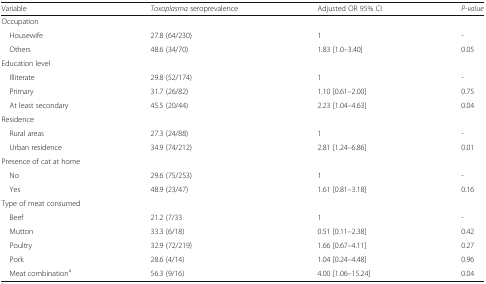
<table><thead><tr><td><b>Variable</b></td><td><b><i>Toxoplasma</i> seroprevalence</b></td><td><b>Adjusted OR 95% CI</b></td><td><b><i>P-value</i></b></td></tr></thead><tbody><tr><td colspan="4">Occupation</td></tr><tr><td> Housewife</td><td>27.8 (64/230)</td><td>1</td><td>-</td></tr><tr><td> Others</td><td>48.6 (34/70)</td><td>1.83 [1.0–3.40]</td><td>0.05</td></tr><tr><td colspan="4">Education level</td></tr><tr><td> Illiterate</td><td>29.8 (52/174)</td><td>1</td><td>-</td></tr><tr><td> Primary</td><td>31.7 (26/82)</td><td>1.10 [0.61–2.00]</td><td>0.75</td></tr><tr><td> At least secondary</td><td>45.5 (20/44)</td><td>2.23 [1.04–4.63]</td><td>0.04</td></tr><tr><td colspan="4">Residence</td></tr><tr><td> Rural areas</td><td>27.3 (24/88)</td><td>1</td><td>-</td></tr><tr><td> Urban residence</td><td>34.9 (74/212)</td><td>2.81 [1.24–6.86]</td><td>0.01</td></tr><tr><td colspan="4">Presence of cat at home</td></tr><tr><td> No</td><td>29.6 (75/253)</td><td>1</td><td>-</td></tr><tr><td> Yes</td><td>48.9 (23/47)</td><td>1.61 [0.81–3.18]</td><td>0.16</td></tr><tr><td colspan="4">Type of meat consumed</td></tr><tr><td> Beef</td><td>21.2 (7/33</td><td>1</td><td>-</td></tr><tr><td> Mutton</td><td>33.3 (6/18)</td><td>0.51 [0.11–2.38]</td><td>0.42</td></tr><tr><td> Poultry</td><td>32.9 (72/219)</td><td>1.66 [0.67–4.11]</td><td>0.27</td></tr><tr><td> Pork</td><td>28.6 (4/14)</td><td>1.04 [0.24–4.48]</td><td>0.96</td></tr><tr><td> Meat combination<sup>a</sup></td><td>56.3 (9/16)</td><td>4.00 [1.06–15.24]</td><td>0.04</td></tr></tbody></table>